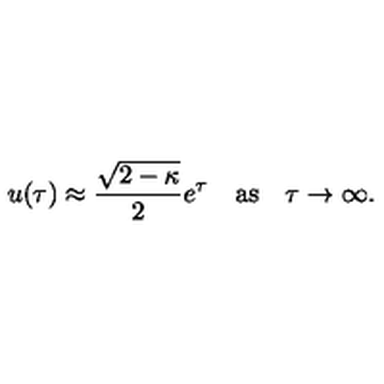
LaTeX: u ( \tau ) \approx { \frac { \sqrt { 2 - \kappa } } { 2 } } e ^ { \tau } \quad \mathrm { a s } \quad \tau \rightarrow \infty .